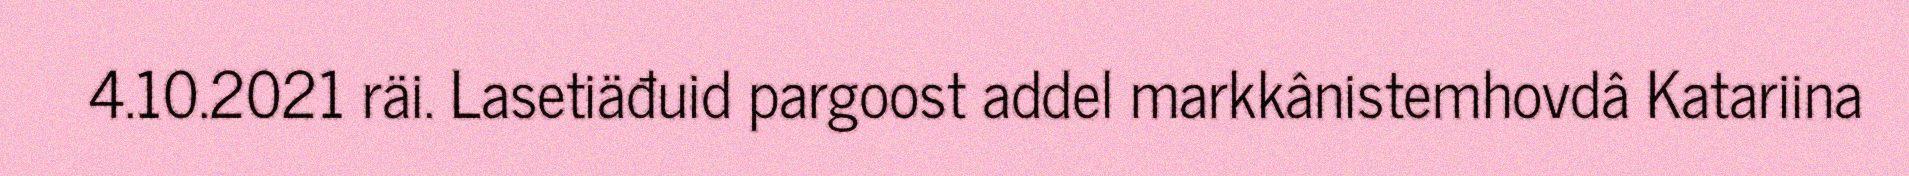
4.10.2021 räi. Lasetiäđuid pargoost addel markkânistemhovdâ Katariina